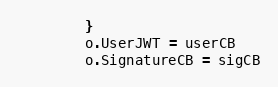
Language: Go
		}
		o.UserJWT = userCB
		o.SignatureCB = sigCB